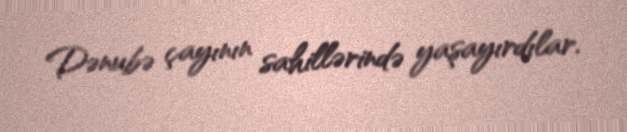
Dənubə çayının sahillərində yaşayırdılar.